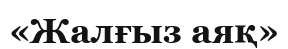
«Жалғыз аяқ»